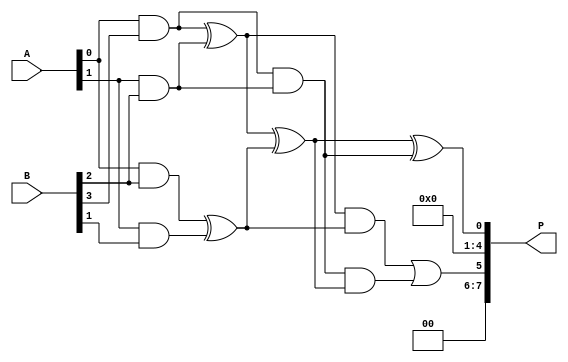
module WallaceTreeMultiplier #(parameter N = 4) (
    input [N-1:0] A,
    input [N-1:0] B,
    output reg [2*N-1:0] P
);

    // Generate Partial Products
    wire [N-1:0] pp [N-1:0]; // Partial products
    genvar i, j;
    generate
        for (i = 0; i < N; i = i + 1) begin : partial_product
            for (j = 0; j < N; j = j + 1) begin : and_gate
                assign pp[i][j] = A[i] & B[j];
            end
        end
    endgenerate

    // Reduction Tree
    wire [N:0] sum [N-1:0]; // Sums from adders
    wire [N-1:0] carry [N-1:0]; // Carries from adders

    // Stage 1: Combine Partial Products using Half-Adders and Full-Adders
    genvar k;
    generate
        for (k = 0; k < N; k = k + 1) begin : stage1
            if (k == 0) begin
                assign sum[k][0] = pp[0][k];
                assign carry[k][0] = 0; // No carry for the first column
            end else begin
                assign sum[k][0] = pp[0][k] ^ pp[1][k-1]; // HA
                assign carry[k][0] = pp[0][k] & pp[1][k-1];
            end
            
            if (k < N-1) begin
                assign sum[k][1] = pp[2][k-1] ^ pp[3][k-2] ^ carry[k][0]; // FA
                assign carry[k][1] = (pp[2][k-1] & pp[3][k-2]) | (carry[k][0] & (pp[2][k-1] ^ pp[3][k-2]));
            end
        end
    endgenerate

    // Stage 2: Further combine the outputs of the first stage
    // This is a simplified version; in practice, you would continue to reduce until two numbers remain
    wire [N:0] final_sum;
    wire final_carry;

    assign final_sum = sum[N-1][0] ^ sum[N-2][0] ^ carry[N-1][0]; // Final addition
    assign final_carry = (sum[N-1][0] & sum[N-2][0]) | (carry[N-1][0] & (sum[N-1][0] ^ sum[N-2][0]));

    // Final Product Calculation
    always @(*) begin
        P = {final_carry, final_sum}; // Concatenate carry and sum for final product
    end

endmodule